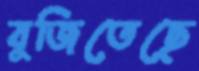
বুজিতেছে